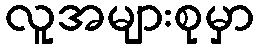
လူအများစုမှာ